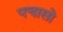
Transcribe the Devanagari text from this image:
पचासो